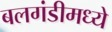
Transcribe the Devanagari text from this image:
बलगंडीमध्ये